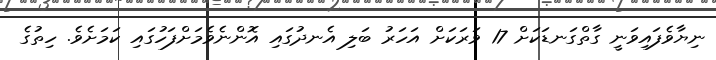
ނިޔާވެފައިވަނީ ގާތްގަނޑަކަށް 17 ވަރަކަށް އަހަރު ބަލި އެނދުގައި އޮންނެވެމަށްފަހުގައި ކަމަށެވެ. ހިތުގެ